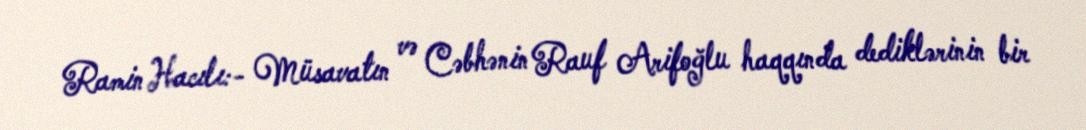
Ramin Hacılı:- Müsavatın və Cəbhənin Rauf Arifoğlu haqqında dediklərinin bir